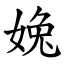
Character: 婏